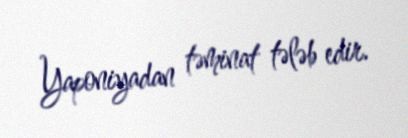
Yaponiyadan təminat tələb edir.